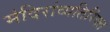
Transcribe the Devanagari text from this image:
मंदिरांव्यतिरिक्त